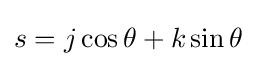
s=j\cos \theta +k\sin \theta